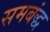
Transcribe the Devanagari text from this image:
समबंद्ध